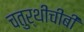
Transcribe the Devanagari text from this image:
चतुर्थीचीबी